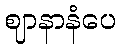
ဈာနာနံပေ